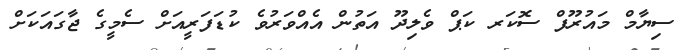
ސިޔާމް މައުރޫފް ސޮކަރ ކަޕް ވެލިދޫ އަތުން އެއްވަރުވެ ކުޑަފަރީއަށް ސެމީގެ ޖާގައަކަށް